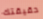
حقيقتك